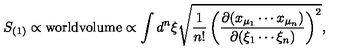
S _ { ( 1 ) } \propto \mathrm { w o r l d v o l u m e } \propto \int d ^ { n } \xi \sqrt { \frac { 1 } { n ! } \left( \frac { \partial ( x _ { \mu _ { 1 } } \cdots x _ { \mu _ { n } } ) } { \partial ( \xi _ { 1 } \cdots \xi _ { n } ) } \right) ^ { 2 } } ,